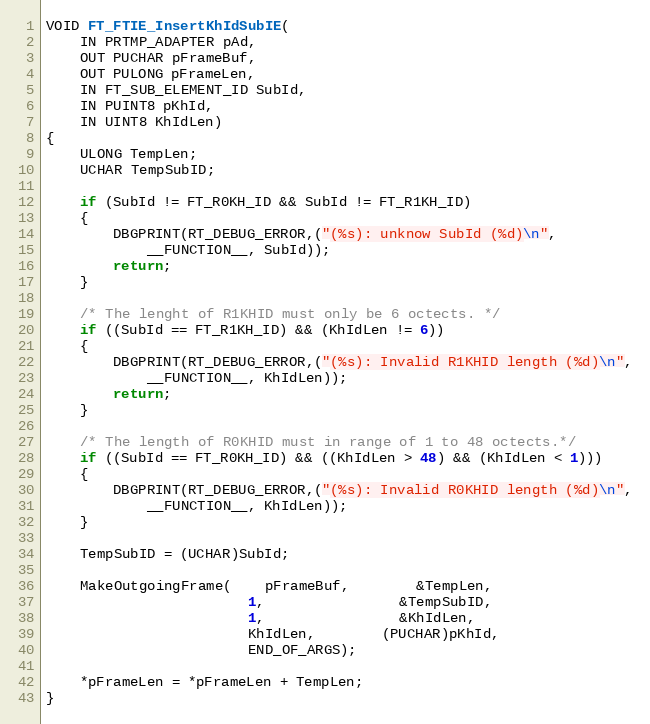
Language: C
VOID FT_FTIE_InsertKhIdSubIE(
	IN PRTMP_ADAPTER pAd,
	OUT PUCHAR pFrameBuf,
	OUT PULONG pFrameLen,
	IN FT_SUB_ELEMENT_ID SubId,
	IN PUINT8 pKhId,
	IN UINT8 KhIdLen)
{
	ULONG TempLen;
	UCHAR TempSubID;

	if (SubId != FT_R0KH_ID && SubId != FT_R1KH_ID)
	{
		DBGPRINT(RT_DEBUG_ERROR,("(%s): unknow SubId (%d)\n",
			__FUNCTION__, SubId));
		return;
	}

	/* The lenght of R1KHID must only be 6 octects. */
	if ((SubId == FT_R1KH_ID) && (KhIdLen != 6))
	{
		DBGPRINT(RT_DEBUG_ERROR,("(%s): Invalid R1KHID length (%d)\n",
			__FUNCTION__, KhIdLen));
		return;
	}

	/* The length of R0KHID must in range of 1 to 48 octects.*/
	if ((SubId == FT_R0KH_ID) && ((KhIdLen > 48) && (KhIdLen < 1)))
	{
		DBGPRINT(RT_DEBUG_ERROR,("(%s): Invalid R0KHID length (%d)\n",
			__FUNCTION__, KhIdLen));
	}

	TempSubID = (UCHAR)SubId;

	MakeOutgoingFrame(	pFrameBuf,		&TempLen,
						1,				&TempSubID,
						1,				&KhIdLen,
						KhIdLen,		(PUCHAR)pKhId,
						END_OF_ARGS);

	*pFrameLen = *pFrameLen + TempLen;
}